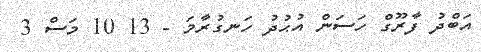
އަބްދު ފާރޫގް ހަސަން އުޙުދު ހަނގުރާމަ - 13 10 މަސް 3